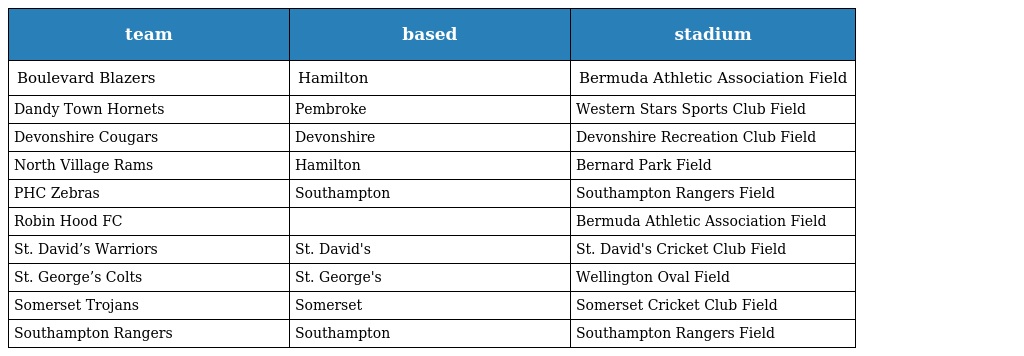
| team | based | stadium |
 | --- | --- | --- |
 | Boulevard Blazers | Hamilton | Bermuda Athletic Association Field |
 | Dandy Town Hornets | Pembroke | Western Stars Sports Club Field |
 | Devonshire Cougars | Devonshire | Devonshire Recreation Club Field |
 | North Village Rams | Hamilton | Bernard Park Field |
 | PHC Zebras | Southampton | Southampton Rangers Field |
 | Robin Hood FC |  | Bermuda Athletic Association Field |
 | St. David’s Warriors | St. David's | St. David's Cricket Club Field |
 | St. George’s Colts | St. George's | Wellington Oval Field |
 | Somerset Trojans | Somerset | Somerset Cricket Club Field |
 | Southampton Rangers | Southampton | Southampton Rangers Field |